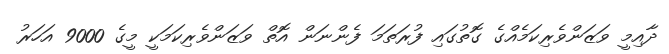
ދާއިމީ ވަޒަންވެރިކަމެއްގެ ގޮތުގައި ފުރަތަމަ ފެންނަން އޮތް ވަޒަންވެރިކަމަކީ މީގެ 9000 އަހަރު